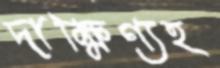
দাক্ষিণ্যহ